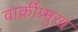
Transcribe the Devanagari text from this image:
वार्क्रीप्र्मुख